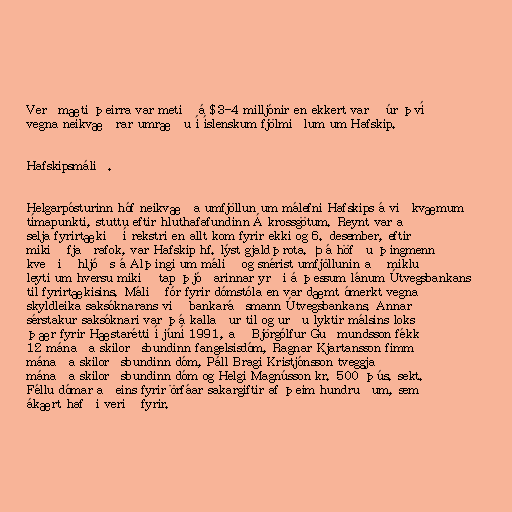
Verðmæti þeirra var metið á $3-4 milljónir en ekkert varð úr því
vegna neikvæðrar umræðu í íslenskum fjölmiðlum um Hafskip.

Hafskipsmálið.

Helgarpósturinn hóf neikvæða umfjöllun um málefni Hafskips á viðkvæmum
tímapunkti, stuttu eftir hluthafafundinn Á krossgötum. Reynt var að
selja fyrirtækið í rekstri en allt kom fyrir ekki og 6. desember, eftir
mikið fjaðrafok, var Hafskip hf. lýst gjaldþrota. Þá höfðu þingmenn
kveðið hljóðs á Alþingi um málið og snérist umfjöllunin að miklu
leyti um hversu mikið tap þjóðarinnar yrði á þessum lánum Útvegsbankans
til fyrirtækisins. Málið fór fyrir dómstóla en var dæmt ómerkt vegna
skyldleika saksóknarans við bankaráðsmann Útvegsbankans. Annar
sérstakur saksóknari var þá kallaður til og urðu lyktir málsins loks
þær fyrir Hæstarétti í júní 1991, að Björgólfur Guðmundsson fékk
12 mánaða skilorðsbundinn fangelsisdóm, Ragnar Kjartansson fimm
mánaða skilorðsbundinn dóm, Páll Bragi Kristjónsson tveggja
mánaða skilorðsbundinn dóm og Helgi Magnússon kr. 500 þús. sekt.
Féllu dómar aðeins fyrir örfáar sakargiftir af þeim hundruðum, sem
ákært hafði verið fyrir.